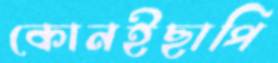
কোনইছাপি